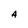
Character: A